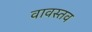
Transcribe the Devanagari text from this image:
वावस्तव